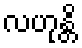
လဟုန္တိ